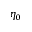
\eta _ { 0 }